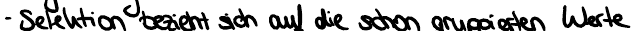
- Selektion bezieht sich auf die schon gruppierten Werte